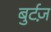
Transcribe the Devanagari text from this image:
बुर्टज़